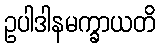
ဥပါဒါနမက္ခာယတိ